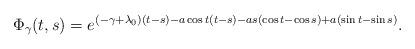
LaTeX: \begin{align*} \Phi_\gamma(t,s)=e^{(-\gamma+\lambda_0) (t-s)- a \cos t(t-s) - a s (\cos t-\cos s)+a (\sin t-\sin s)}.\end{align*}